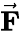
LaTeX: \vec{\mathbf{F}}